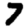
Digit: 7